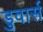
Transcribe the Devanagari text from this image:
डुवार्स